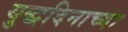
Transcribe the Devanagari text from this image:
युद्धदिनाच्या